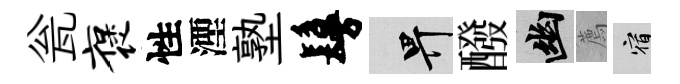
瓮褒性湮塾鬘畀醱幽薦宿